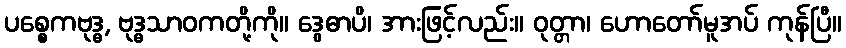
ပစ္စေကဗုဒ္ဓ, ဗုဒ္ဓသာဝကတို့ကို။ ဒွေဓာပိ၊ အားဖြင့်လည်း။ ဝုတ္တာ၊ ဟောတော်မူအပ် ကုန်ပြီ။